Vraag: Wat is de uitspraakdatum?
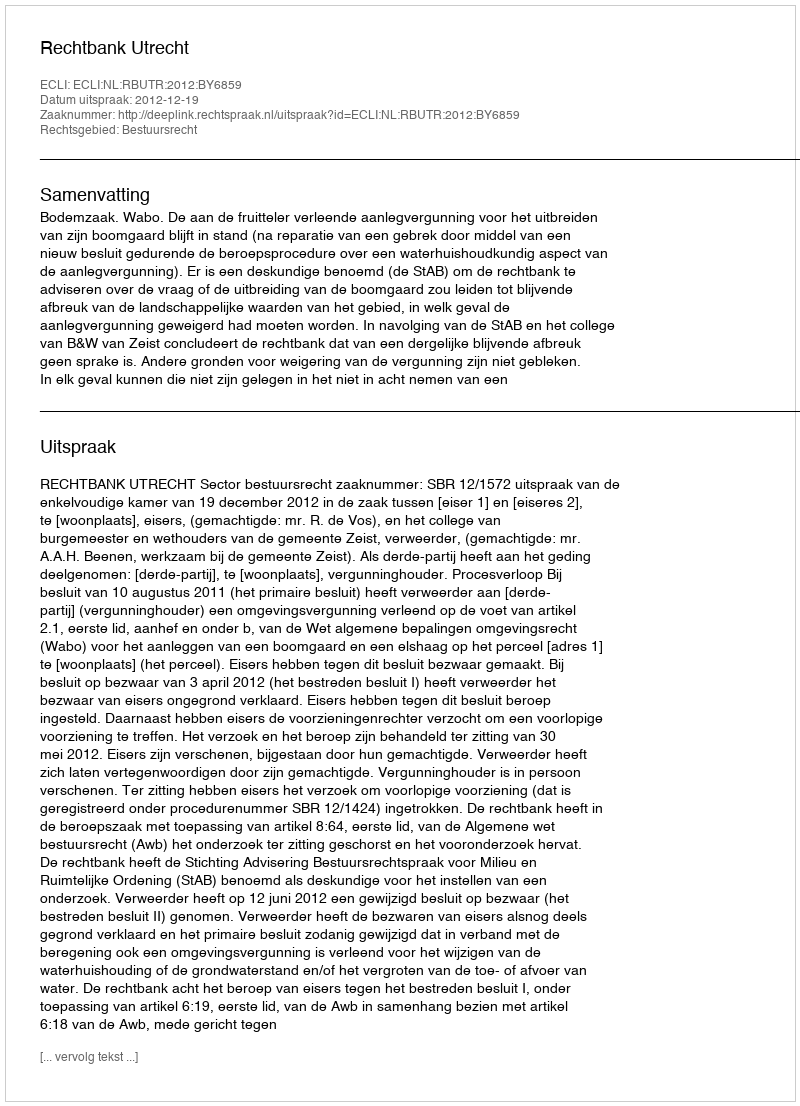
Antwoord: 2012-12-19